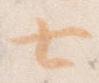
七